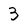
Character: 3